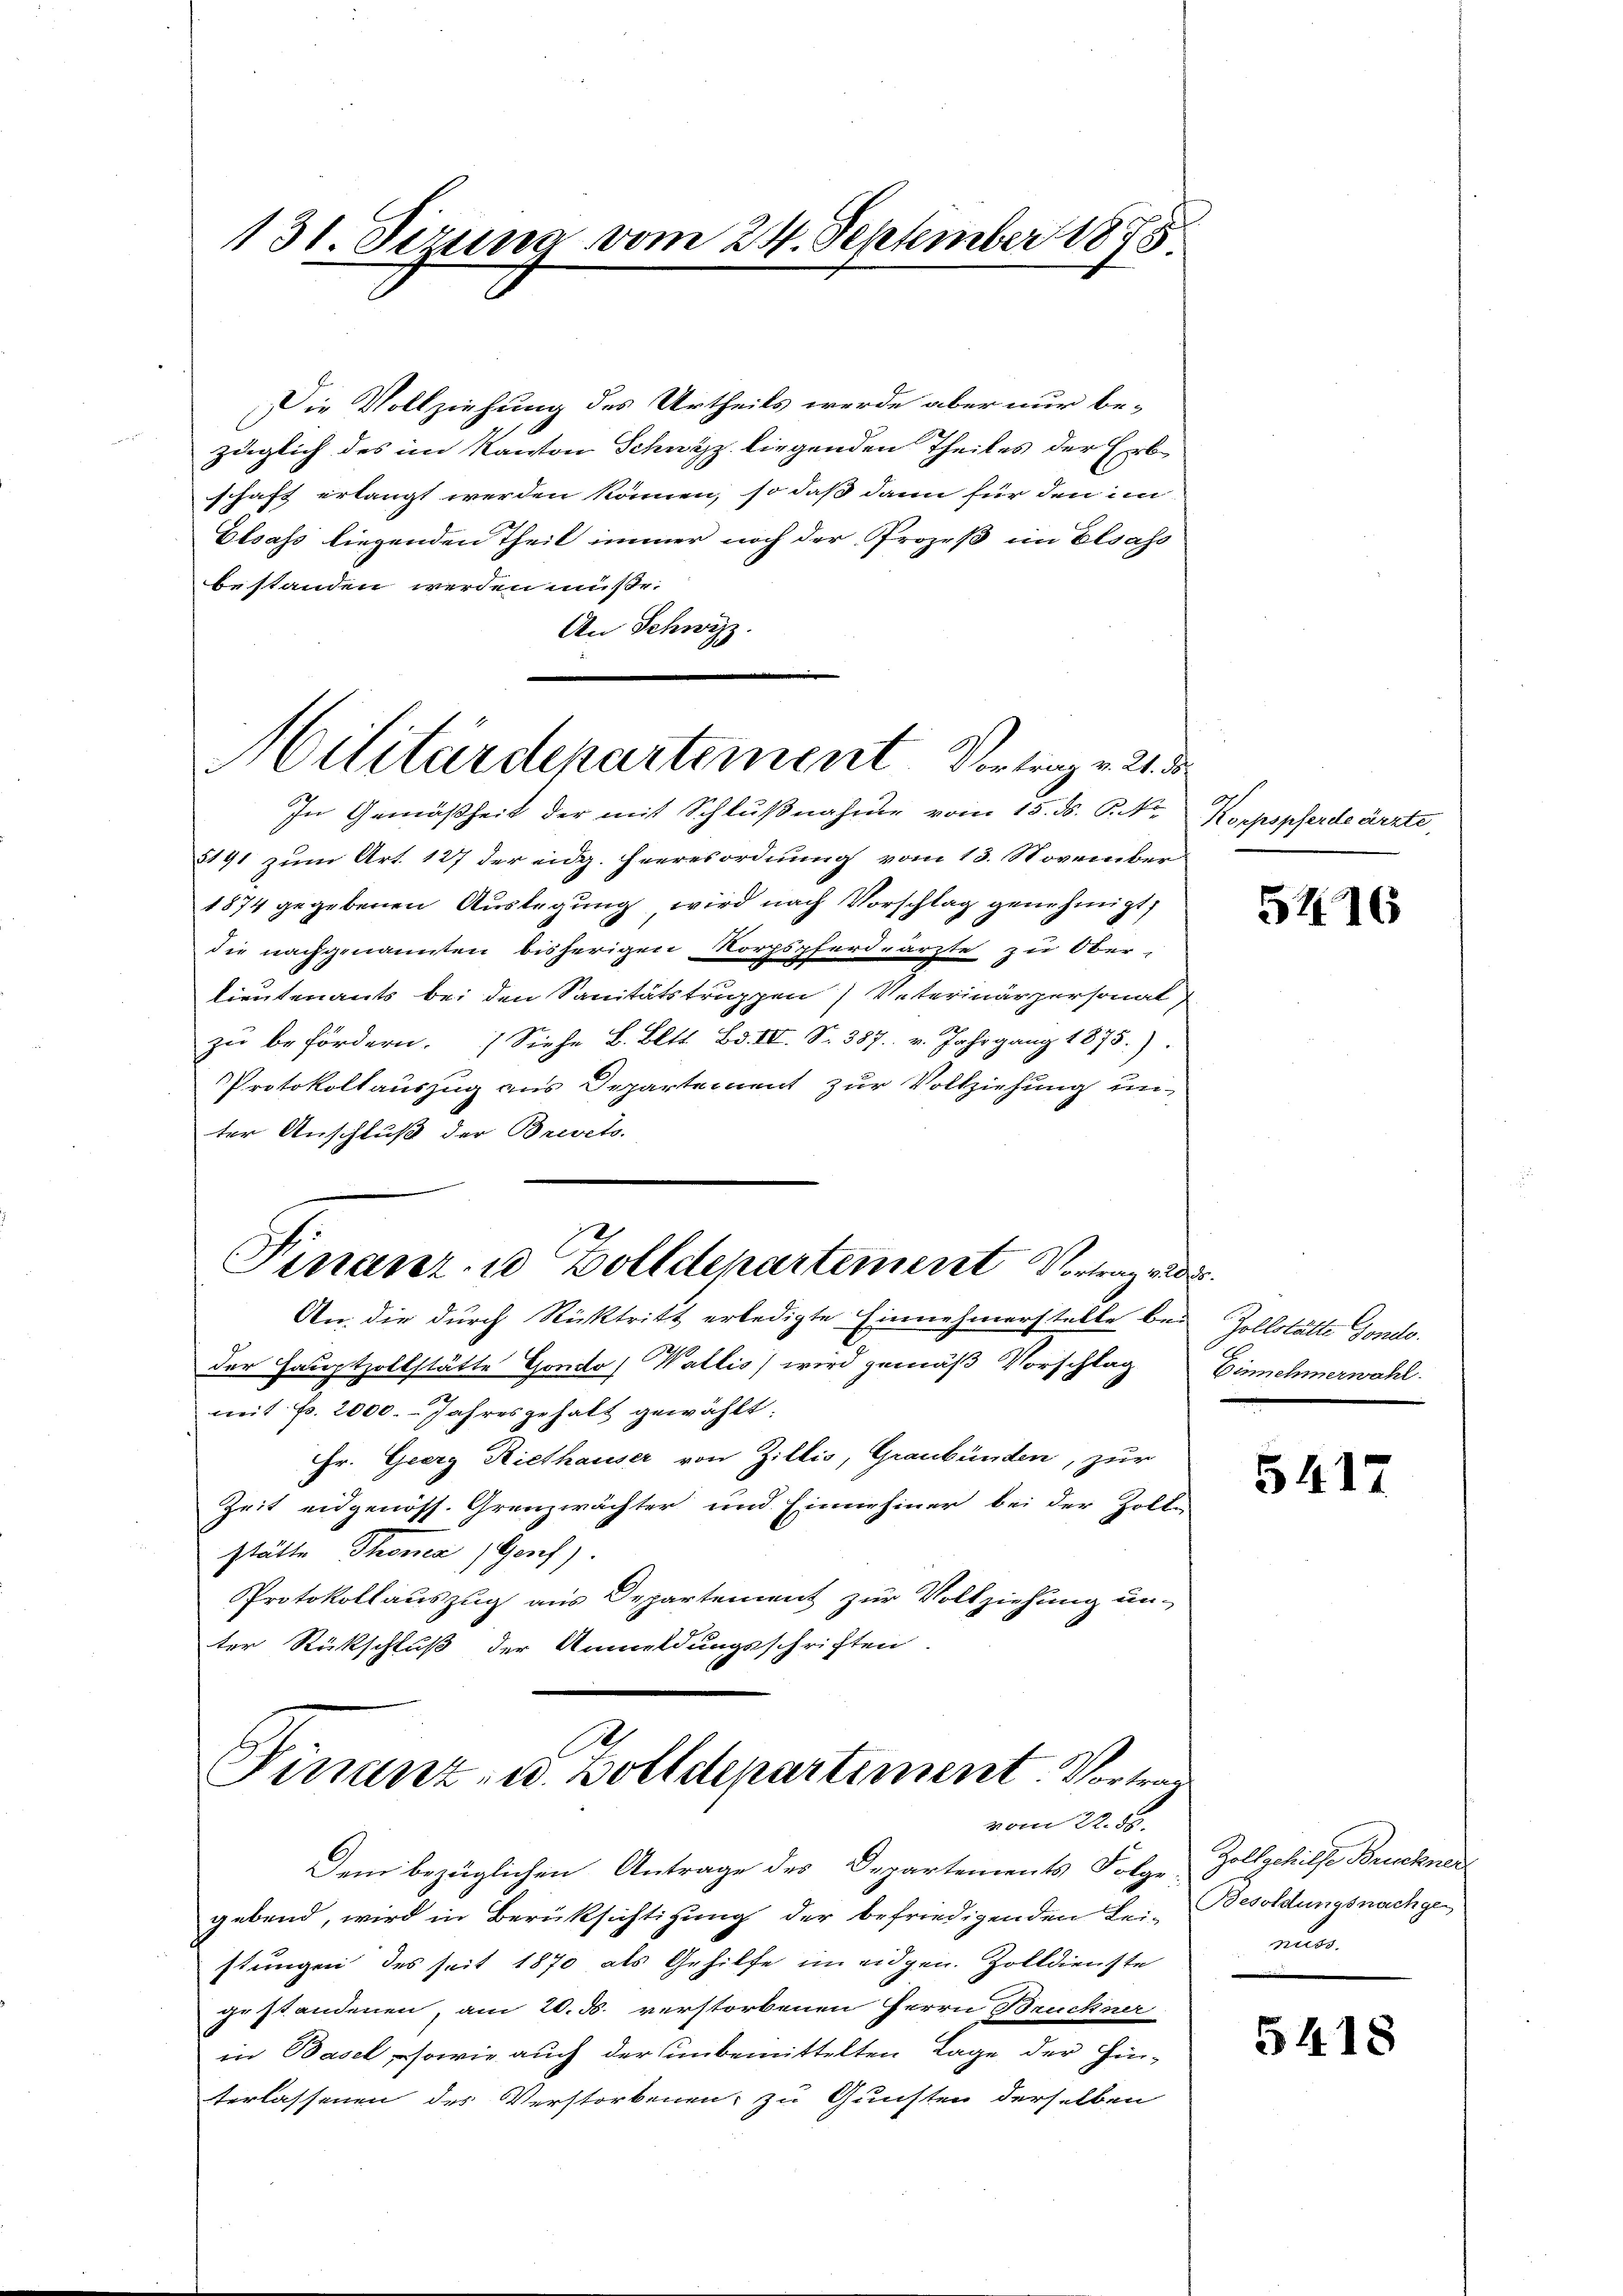
131. Serung vom 24. September 1878

Die Vollziehung des Urtheils werde aber nur be-
züglich des im Kanton Schwyz liegenden Theiles der Erbe
schaft erlangt werden können, so daß dann für den im
Elsass liegenden Theil immer noch der Prozeß im Elsass
bestanden werden müße.
An Schwyz.
In Gemäßheit der mit Schlußnahme vom 15. ds. P. No
5191 zum Art. 127 der eidg. Heeresordnung vom 13. November
1874 gegebenen Auslegung wird nach Vorschlag genehmigt,
die nachgenannten bisherigen Korpspferdeärzte zu Ober-
lieutenants bei den Sanitätstruppen Veterinärpersonal
zŭ befördern. Siehe B. Bett. Bd. III. Nr. 387. v. Jahrgang 1875).
Protokollauszug aus Departement zur Vollziehung un-
ter Anschluß der Brevets
Finanz- u Zolldepartement Vortragend
An die durch Rücktritt erledigte Einnehmerstelle bei Zollstätte Gondo.
der Hauptzollstätte Gondo Wallis) wird gemäß Vorschlag
mit p. 2000. - Jahresgehalt gewählt.
Hr. Georg Riethauser von Zillis, Graubünden, zur
Zeit eidgenöss. Grenzwächter und Einnehmer bei der Zolle
stätte Thomea (Genf).
Protokollauszug aus Departement zur Vollziehung un-
ter Rückschluß der Anmeldungsschriften.

Militärdepartement. Vortrag v. 2. d

1
s
Finanz- u. Zolldepartiment. Vortrag
vom 22. 55.

Dem bezüglichen Antrage des Departements Folge-
gebend, wird in Berüksichtigung der befriedigenden Lei- Besoldungsnachgen
stungen des seit 1870 als Gehilfe im eidgen. Zolldienste
ge standenen, am 20. ds. verstorbenen Herrn Bruckner
in Basel, sowie auch der unbemittelten Lage der Hin-
terlassenen des Verstorbenen, zu Gunsten derselben

Korpspferde ärzte,

5416

Eisnehmerwahl.

5417

Zollgehilfe Brucknert
aun

5418